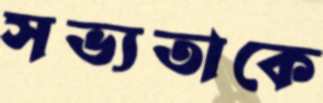
সভ্যতাকে